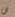
ان